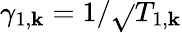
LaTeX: \gamma_{1,\mathbf{k}}=1/\sqrt{}{{T_{1,\mathbf{k}}}}